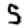
Digit: 5